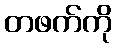
တဖက်ကို